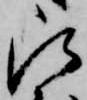
被